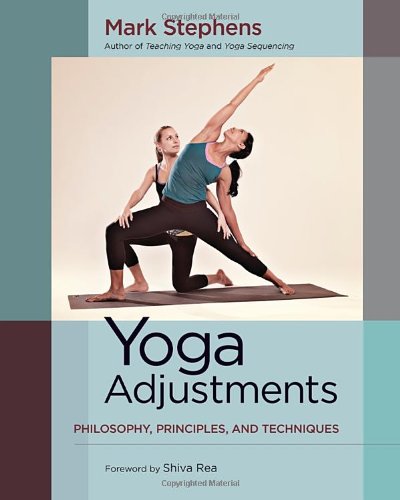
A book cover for Yoga Adjustments: Philosophy, Principles, and Techniques; Mark Stephens; Health, Fitness & Dieting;